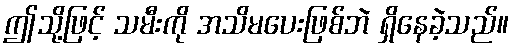
ဤသို့ဖြင့် သမီးကို အသိမပေးဖြစ်ဘဲ ရှိနေခဲ့သည်။